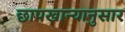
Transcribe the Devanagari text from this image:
छापखान्यानुसार